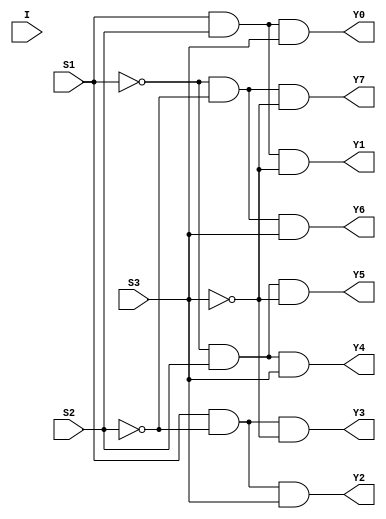
// Code your design here
module demux1_8(output Y0,Y1,Y2,Y3,Y4,Y5,Y6,Y7 ,input I,S1,S2,S3);
  wire So1,So2,So3,x,y,z;
  not(So1,S1);
  not(So2,S2);
  not(So3,S3);
  and(Y0,S1,S2,S3);
  and(Y1,S1,S2,So3);
  and(Y2,S1,So2,S3);
  and(Y3,S1,So2,So3);
  and(Y4,So1,S2,S3);
  and(Y5,So1,S2,So3);
  and(Y6,So1,So2,S3);
  and(Y7,So1,So2,So3);
endmodule